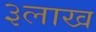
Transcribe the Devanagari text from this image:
३लाख